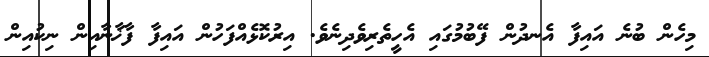
މިހެން ބުނެ އައިފާ އެނދުން ފޭބުމުގައި އެހީތެރިވެދިނެވެ. އިރުކޮޅެއްފަހުން އައިފާ ފާޚާނާއިން ނިކުއިން